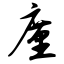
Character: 廑